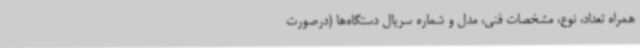
‌همراه تعداد، نوع، مشخصات فنی، مدل و شماره سریال دستگاه‌ها (درصورت